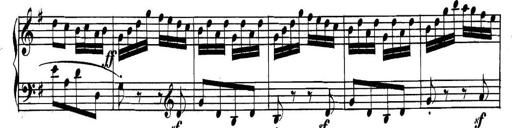
Title: Collected Piano Sonatas
Composer: Muzio Clementi